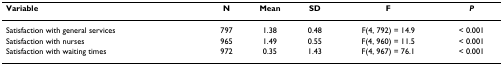
<table><thead><tr><td><b>Variable</b></td><td><b>N</b></td><td><b>Mean</b></td><td><b>SD</b></td><td><b>F</b></td><td><b><i>P</i></b></td></tr></thead><tbody><tr><td>Satisfaction with general services</td><td>797</td><td>1.38</td><td>0.48</td><td>F(4, 792) = 14.9</td><td>&lt; 0.001</td></tr><tr><td>Satisfaction with nurses</td><td>965</td><td>1.49</td><td>0.55</td><td>F(4, 960) = 11.5</td><td>&lt; 0.001</td></tr><tr><td>Satisfaction with waiting times</td><td>972</td><td>0.35</td><td>1.43</td><td>F(4, 967) = 76.1</td><td>&lt; 0.001</td></tr></tbody></table>